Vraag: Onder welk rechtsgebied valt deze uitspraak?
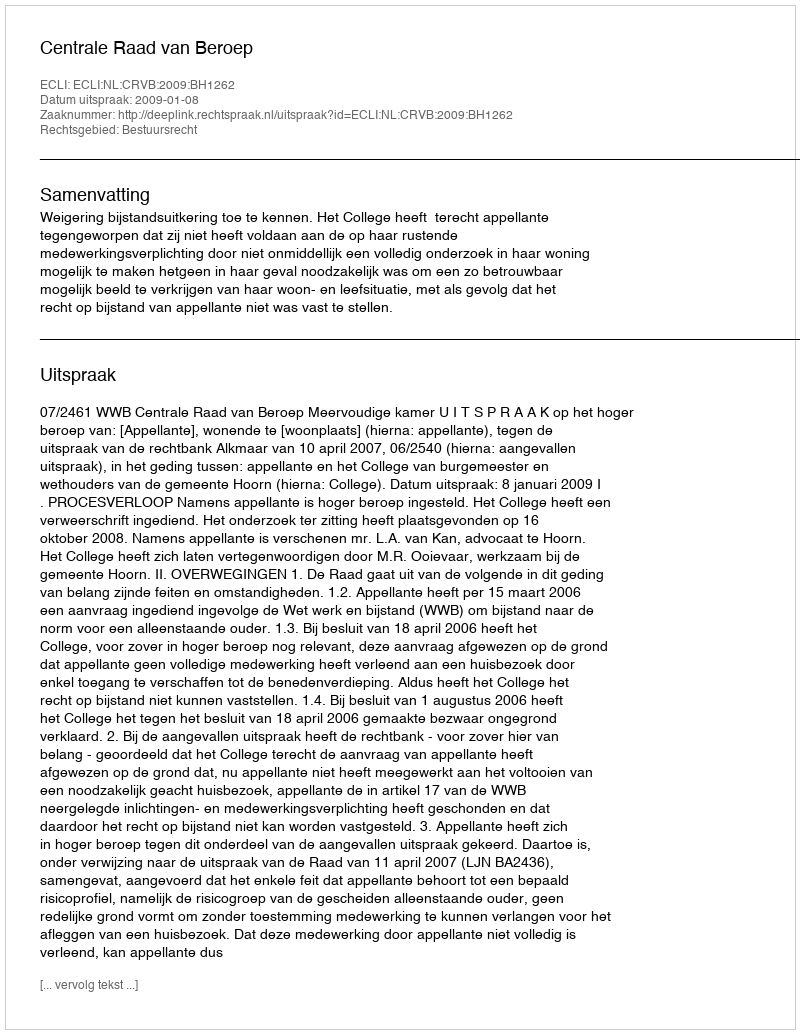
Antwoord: Bestuursrecht